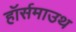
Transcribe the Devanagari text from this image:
हॉर्समाउथ